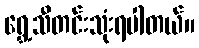
ရွှေ့သီတင်းသုံးရပါတယ်။